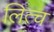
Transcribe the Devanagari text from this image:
लित्च